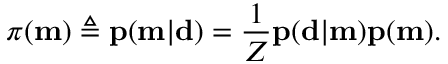
\pi ( \mathbf { m } ) \triangleq \mathbf { p } ( \mathbf { m } | \mathbf { d } ) = \frac { 1 } { Z } \mathbf { p } ( \mathbf { d } | \mathbf { m } ) \mathbf { p } ( \mathbf { m } ) .